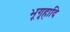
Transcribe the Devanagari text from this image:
भूगृहादि